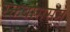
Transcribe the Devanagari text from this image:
रक्तवाससम्